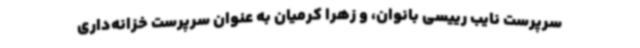
سرپرست نایب رییسی بانوان، و زهرا کرمیان به عنوان سرپرست خزانه‌داری